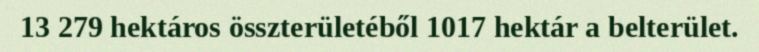
13 279 hektáros összterületéből 1017 hektár a belterület.